Punjab Mental Hospital Lahore 1932-46 - 1932-1946
Year: 1932
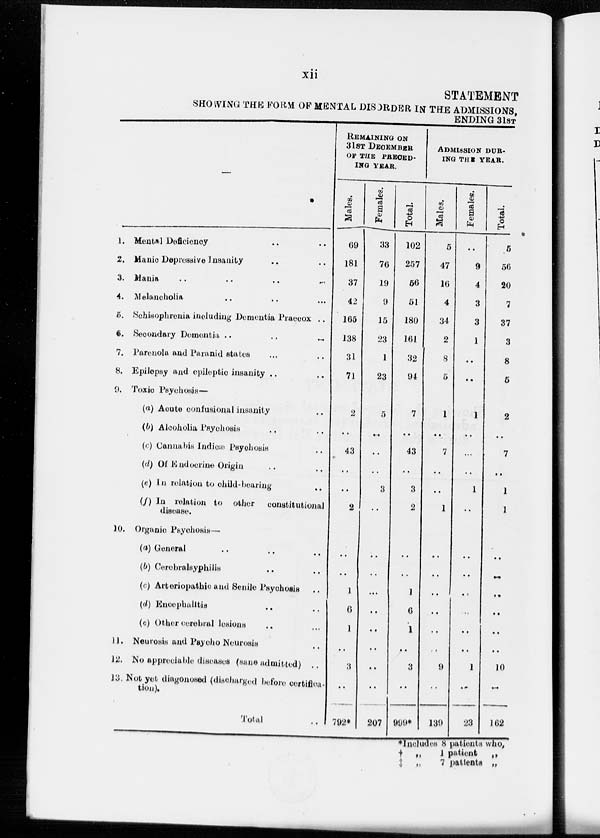
xii
STATEMENT
SHOWING THE FORM OF MENTAL DISORDER IN THE ADMISSIONS,
ENDING 31ST
1.
2.
3.
4.
5.
6.
7.
8.
9.
10.
11.
12.
13
Mental Deficiency .. ..
Manic Depressive Insanity .. ..
Mania .. .. .. ..
Melancholia .. .. ..
Schisophrenia including Dementia Praecox ..
Secondary Domentia .. .. ..
Parenola and Paranid states .. ..
Epilepsy and epileptic insanity .. ..
Toxic Psychosis—
(a) Acute confusional insanity ..
(b) Alcoholia Psychosis .. ..
(c) Cannabis Indian Psychosis ..
(d) Of Endocrine Origin .. ..
(e) In relation to child-bearing ..
(f) In relation to other
constitutional
disease.
Organic Psychosis—
(a) General .. .. ..
(b) Cerebralsyphilis .. ..
(c) Arteriopathic and Senile Psychosis ..
(d) Encephalitis .. ..
(e) Other cerebral lesions .. ..
Neurosis and Psycho Neurosis ..
No appreciable diseases (sane admitted) ..
Not yet diagonosed (discharged before certifica-
tion).
Total ..
REMAINING ON
31ST DECEMBER
OF THE PRECED-
ING YEAR.
Males.
69
181
37
42
165
138
31
71
2
..
43
..
..
2
..
..
1
6
1
..
3
..
792*
Females.
33
76
19
9
15
23
1
23
5
..
..
..
3
..
..
..
...
..
..
..
..
..
207
Total.
102
257
56
51
180
161
32
94
7
..
43
..
3
2
..
..
1
6
1
..
3
..
999*
ADMISSION DUR¬
ING THE YEAR.
Males.
5
47
16
4
34
2
8
5
1
..
7
..
..
1
..
..
..
..
..
..
9
..
139
Females.
..
9
4
3
3
1
..
..
1
..
...
..
1
..
..
..
..
..
..
..
1
..
23
Total.
5
56
20
7
37
3
8
5
2
..
7
..
1
1
..
..
..
..
..
..
10
..
162
*Includes
† „
‡ „
8 patients
1 patient
7 patients
who,
„
„